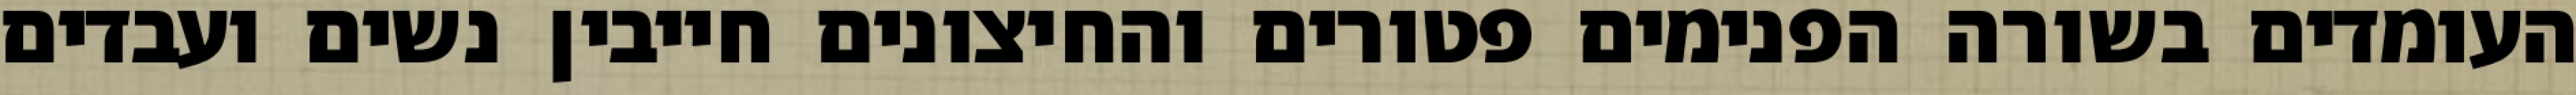
העומדים בשורה הפנימים פטורים והחיצונים חייבין נשים ועבדים